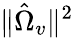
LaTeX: \| \hat{\Omega}_{v}\| ^{2}